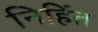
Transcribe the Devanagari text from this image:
निर्हित